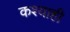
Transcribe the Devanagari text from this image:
कश्याही